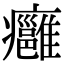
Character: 癰